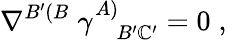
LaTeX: \nabla^{B^{\prime}(B}\; \gamma_{\; \; \; B^{\prime}\mathbb{C}^{\prime}}^{A)}=0\; ,